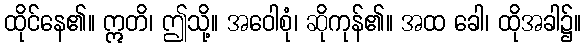
ထိုင်နေ၏။ ဣတိ၊ ဤသို့။ အဝေါစုံ၊ ဆိုကုန်၏။ အထ ခေါ၊ ထိုအခါ၌။